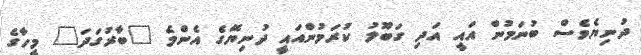
ދުނިޔެވެސް ބުނަމުން އައީ އަދި ގަބޫލު ކުރަމުންއައީ ދުނިޔޭގެ އެންމެ "ބާރުގަދަ" މީހާގެ